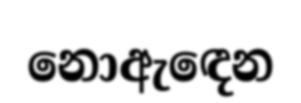
නොඇඳෙන